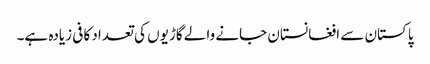
پاکستان سے افغانستان جانے والے گاڑیوں کی تعداد کافی زیادہ ہے۔